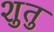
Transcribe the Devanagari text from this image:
शुतु